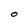
Character: O